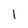
Character: 1